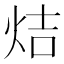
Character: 𤈄